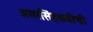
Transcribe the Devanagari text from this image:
अमरसिंहकवीची